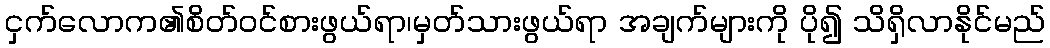
ငှက်လောက၏စိတ်ဝင်စားဖွယ်ရာ၊မှတ်သားဖွယ်ရာ အချက်များကို ပို၍ သိရှိလာနိုင်မည်